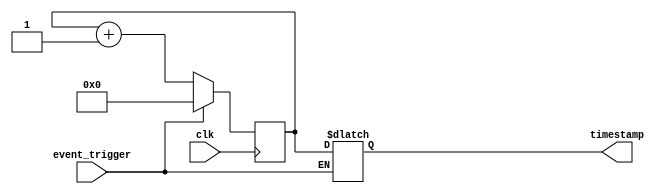
module timestamp_timer (
    input event_trigger,
    input clk,
    output reg [31:0] timestamp
);

reg [31:0] timer;

always @(posedge clk) begin
    if (event_trigger) begin
        timer <= 0;
    end else begin
        timer <= timer + 1;
    end
end

always @(*) begin
    if (event_trigger) begin
        timestamp <= timer;
    end
end

endmodule